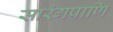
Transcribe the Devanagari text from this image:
सारंगपाणि